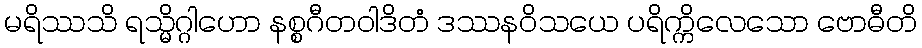
မရိဿသိ ရသ္မိဂ္ဂါဟော နစ္စဂီတဝါဒိတံ ဒဿနဝိသယေ ပရိက္ကိလေသော ဗောဓီတိ